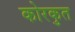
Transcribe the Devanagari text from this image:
कोरकुत